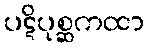
ပဋိပုစ္ဆကထာ